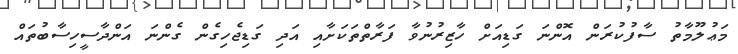
މަޢުލޫމާތު ސާފުކުރަން އޮންނަ ގަޑިއަށް ހާޒިރުނުވާ ފަރާތްތަކަށާއި އަދި ގަޑިޖެހިގެން ގެންނަ އަންދާސީހިސާބުތައް